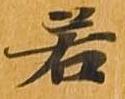
若